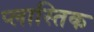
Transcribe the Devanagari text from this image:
प्लास्तिक